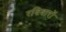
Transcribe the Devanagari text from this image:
रविवारों